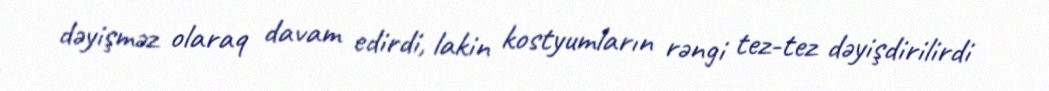
dəyişməz olaraq davam edirdi, lakin kostyumların rəngi tez-tez dəyişdirilirdi